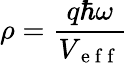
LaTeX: \rho=\frac{q\hbar\omega}{V_{\mathrm{~e~f~f~}}}